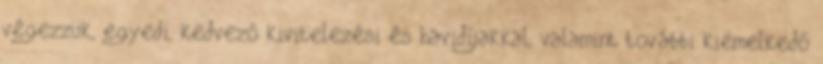
végezzük, egyedi, kedvező kivitelezési és havidíjakkal, valamint további kiemelkedő